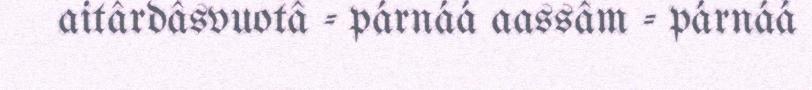
aitârdâsvuotâ - párnáá aassâm - párnáá